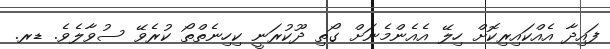
ފައިދާ އެއްކައިރިކޮށް ހިލޭ އެއެންމެނަށް ގޯތި ދޫކުރަނީ ކިހިނެތްތޯ ކުރެވޭ ސުވާލެވެ. ޑރ.